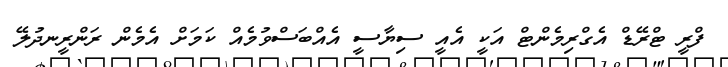
ފްރީ ޓްރޭޑް އެގްރިމެންޓް އަކީ އެއީ ސިޔާސީ އެއްބަސްވުމެއް ކަމަށް އެމެން ރަންރީނދުލޭ